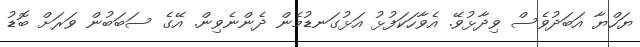
ޔަހްޔާ އަބަދުވެސް ވިދާޅުވޭ. އެވާހަކަފުޅު އަޅުގަނޑުމެން ދެންނެވިން. އޭގެ ސަބަބުން ވަރަށް ބޮޑު